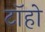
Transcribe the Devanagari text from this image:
टॉहो